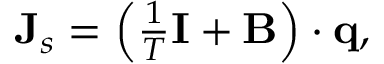
\begin{array} { r } { \mathbf J _ { s } = \left( \frac { 1 } { T } \mathbf I + \mathbf B \right) \cdot \mathbf q , } \end{array}